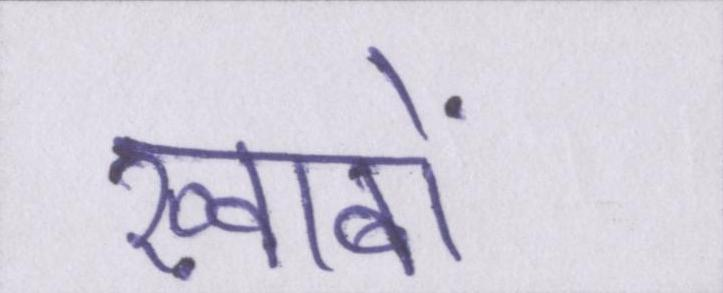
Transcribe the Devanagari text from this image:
ख़्वाबों